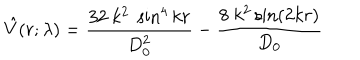
\hat { V } ( r ; \lambda ) = \frac { 3 2 ~ k ^ { 2 } ~ \sin ^ { 4 } k r } { D _ { 0 } ^ { 2 } } - \frac { 8 ~ k ^ { 2 } \sin ( 2 k r ) } { D _ { 0 } }